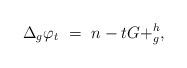
LaTeX: \begin{align*}\Delta_{g}\varphi_t \ = \ n-tG+ _{g} ^{h},\end{align*}